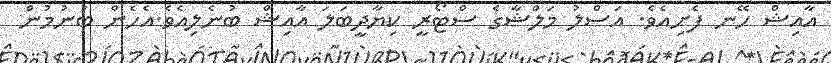
އާއިޝް ހޭނ ފެށިއެވެ. އަސްލު މަލްޝާގެ ސްޓޯރީ ކިޔާދީބަލަ އާއިޝް ބުނެލިއެވެ.އެހެން ބުނުމުން